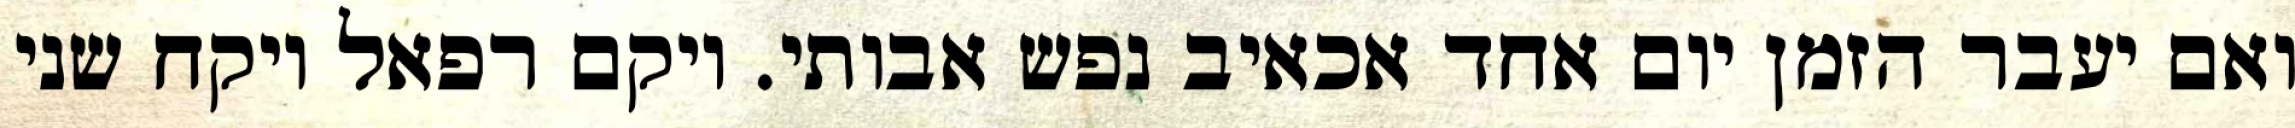
ואם יעבר הזמן יום אחד אכאיב נפש אבותי. ויקם רפאל ויקח שני